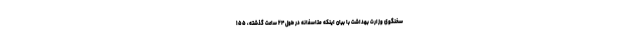
سخنگوی وزارت بهداشت با بیان اینکه متاسفانه در طول ۲۴ ساعت گذشته، ۱۵۵